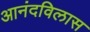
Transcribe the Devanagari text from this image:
आनंदविलास